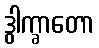
ဒွါက္ခာတော